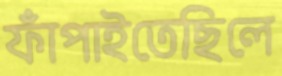
ফাঁপাইতেছিলে